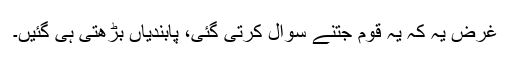
غرض یہ کہ یہ قوم جتنے سوال کرتی گئی، پابندیاں بڑھتی ہی گئیں۔